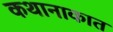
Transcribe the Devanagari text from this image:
कथानाकात